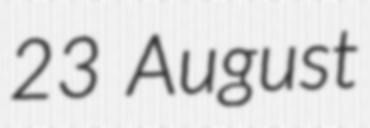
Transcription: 23 August